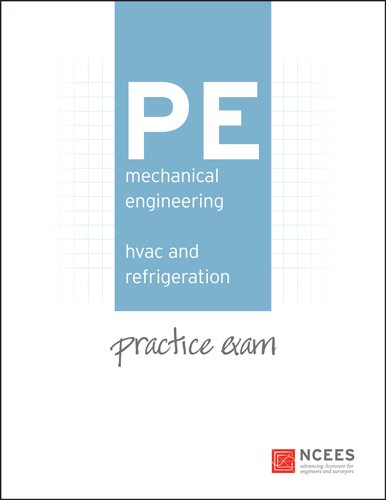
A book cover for PE Mechanical Engineering: HVAC and Refrigeration Practice Exam; Ncees; Science & Math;